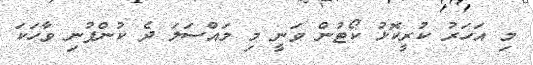
މި އަހަރު ކުރީކޮޅު ކޯޓުން ވަނީ މި މައްސަލަ ދެ ކުންފުނި ވާހަކަ